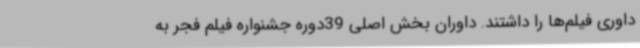
داوری فیلم‌ها را داشتند. داوران بخش اصلی 39دوره جشنواره فیلم فجر به